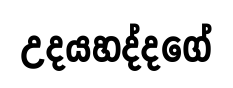
උදයහද්දගේ